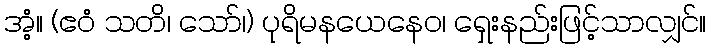
အံ့။ (ဧဝံ သတိ၊ သော်၊) ပုရိမနယေနေဝ၊ ရှေးနည်းဖြင့်သာလျှင်။